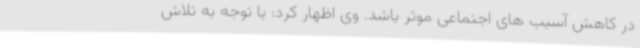
در کاهش آسیب های اجتماعی موثر باشد. وی اظهار کرد: با توجه به تلاش